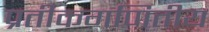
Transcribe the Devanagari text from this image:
प्रतीकगणितीय